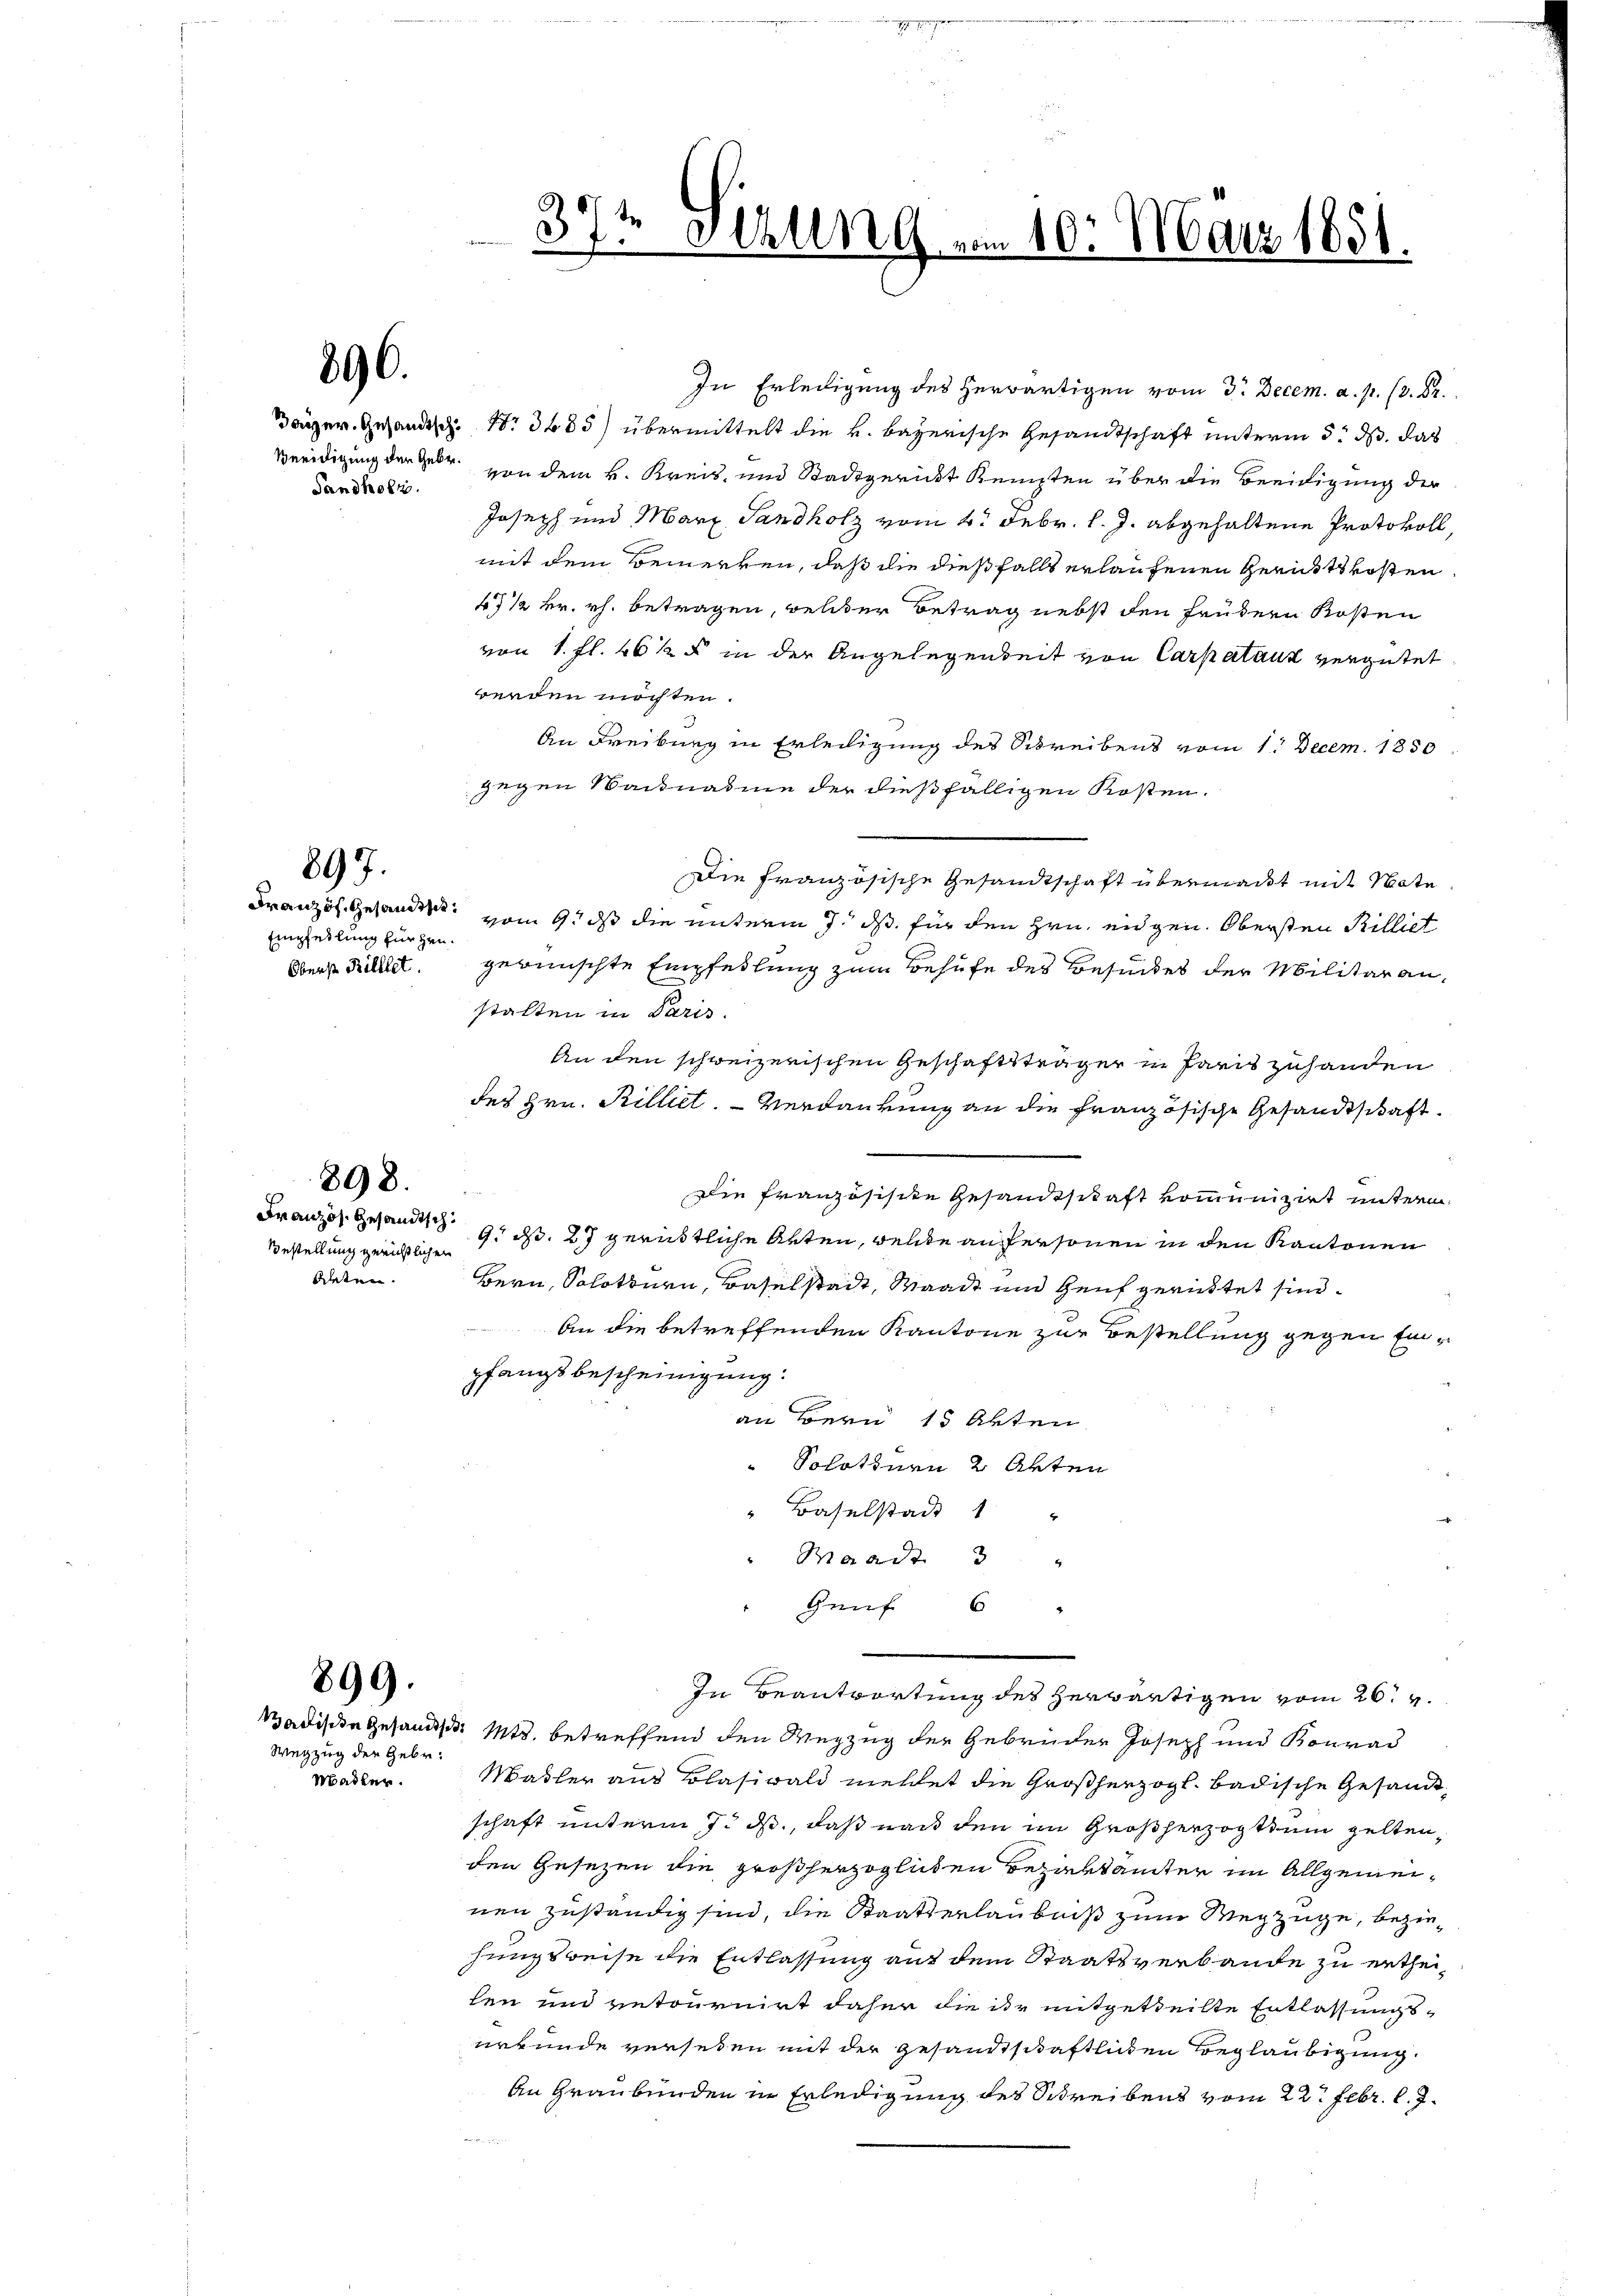
896.

Sandholz.

Empfehlung für Hrn.
Oberst Rilllet

897.

Bestellung gerichtlichen
Reten.

398.

899.

Wegzug der Gebr.
Madler.

te
5
37. Setzung vom 10. März 1851.

In Erledigung des herwärtigen vom 3. Decem. a. p. (3. 82.
Däger Gesandtsch. N. 3485) übermittelt die k. bayerische Gesandtschaft unterm 5. ds. das
Veeidigung der Gebr. von dem k. Kreis- und Stadtgericht Kempten über die Beeidigung der
Joseph und März Sandholz vom 4. Febr. l. J. abgehaltene Protokoll,
mit dem Bemerken, daß die dießfalls erlaufenen Gerichtskosten
47 1/2 kr. rh. betragen, welcher Betrag nebst den frühern Kosten
von 1. fl. 462 in der Angelegenseit von Carpataux vergütet
werden möchten.
An Freiburg in Erledigung des Schreibens vom 1. Decem. 1850
gegen Nachnahme der dießfälligen Kosten.
Französ. Gesandt vom 9. dß die unterm 7. ds. für den Hrn. eidgen. Obersten Billiet
gewünschte Empfehlung zum Behufe des Besindes der Militäranstalten in Paris.
An den schweizerischen Geschäftsträger in Paris zuhanden
des Hrn. Rilliet. Verdankung an die Französische Gesandtschaft.
Die Französische Gesandtschaft komunizirt unterm
Französ. Gesandt 9. d. 27 gerüstliche Arten, welche aufersonen in den Kantonen
Bern, Schottern, Baselstadt, Waadt und Genf gerichtet sind
An die betreffenden Kantone zur Bestellung gegen Einpfangsbescheinigung:
an Bern 15 Akten
Solothurn 2 Arten
" Baselstadt 1 "
" Waadt 3 "
Genf 6 "

Badische Gesandts. Mts. betreffend den Wegzug der Gebrüder Joseph und Konrad
Masler aus Blasiwald meldet die Großherzogl. badische Gesandtchaft unterm 7. ds., daß nach den im Großherzogthum gelten,
.
den Gesezen die großherzoglichen Beziehtämter im Allgemeinen zuständig sind, die Staatserlaubniß zum Wegzuge, beziehungsweise die Entlassung auf dem Staatsverbande zu ertheilen und retournirt daher die ir mitgetheilte Entlassungsurkunde versehen mit der gesandtschaftlichen Beglaubigung.
An Graubünden in Erledigung des Schreibens vom 22. Febr. l. J.
.

Die französische Gesandtschaft übermadet mit Note

In Beantwortung des herwärtigen vom 26. v.